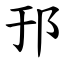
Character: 邘